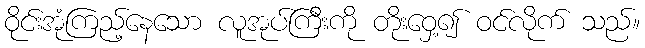
ဝိုင်းအုံကြည့်နေသော လူအုပ်ကြီးကို တိုးဝှေ့၍ ဝင်လိုက် သည်။